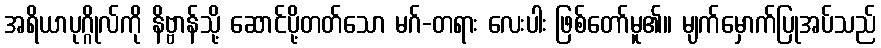
အရိယာပုဂ္ဂိုလ်ကို နိဗ္ဗာန်သို့ ဆောင်ပို့တတ်သော မဂ်-တရား လေးပါး ဖြစ်တော်မူ၏။ မျက်မှောက်ပြုအပ်သည်